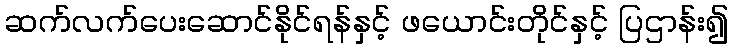
ဆက်လက်ပေးဆောင်နိုင်ရန်နှင့် ဖယောင်းတိုင်နှင့် ပြဌာန်း၍